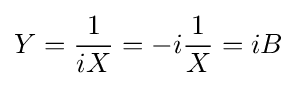
Y={\frac {1}{iX}}=-i{\frac {1}{X}}=iB